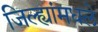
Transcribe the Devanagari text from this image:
जिल्ह्यांमधले